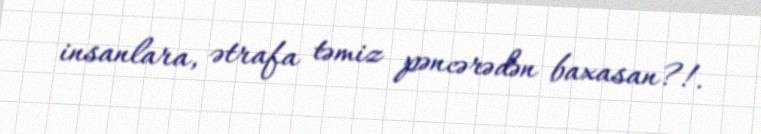
insanlara, ətrafa təmiz pəncərədən baxasan?!.